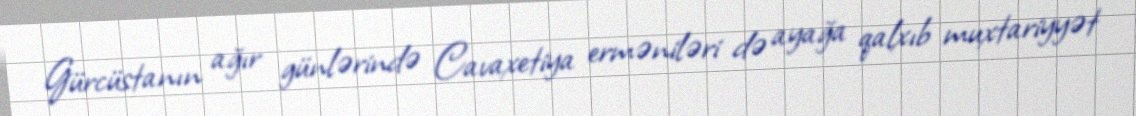
Gürcüstanın ağır günlərində Cavaxetiya erməniləri də ayağa qalxıb muxtariyyət